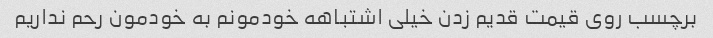
برچسب روی قیمت قدیم زدن خیلی اشتباهه خودمونم به خودمون رحم نداریم